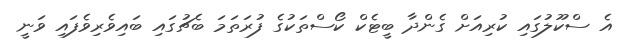
އެ ސްކޫލުގައި ކުރިއަށް ގެންދާ ބީޓެކް ކޯސްތަކުގެ ފުރަތަމަ ބެޗުގައި ބައިވެރިވެފައި ވަނީ